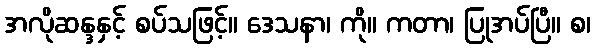
အလိုဆန္ဒနှင့် စပ်သဖြင့်။ ဒေသနာ၊ ကို။ ကတာ၊ ပြုအပ်ပြီ။ စ၊